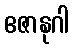
ဧဇာနုဂါ